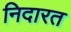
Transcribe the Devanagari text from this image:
निदारत